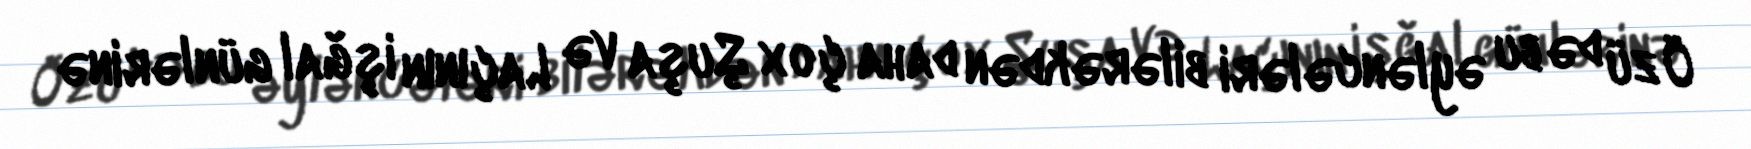
Özü də bu əyləncələri bilərəkdən daha çox Şuşa və Laçının işğal günlərinə